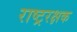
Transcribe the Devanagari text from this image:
राष्ट्ररक्षक